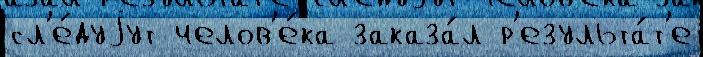
сл'е́дуjут челов'е́ка заказа́л р'езульта́т'е